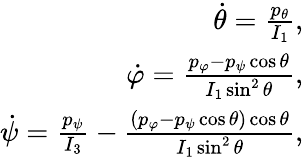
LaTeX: \begin{array}{r}{\dot{\theta}=\frac{p_{\theta}}{I_{1}},}\\ {\dot{\varphi}=\frac{p_{\varphi}-p_{\psi}\cos\theta}{I_{1}\sin^{2}\theta},}\\ {\dot{\psi}=\frac{p_{\psi}}{I_{3}}-\frac{(p_{\varphi}-p_{\psi}\cos\theta)\cos\theta}{I_{1}\sin^{2}\theta},}\end{array}